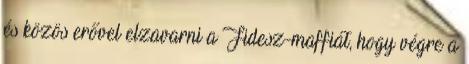
és közös erővel elzavarni a Fidesz-maffiát, hogy végre a